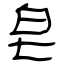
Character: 皂